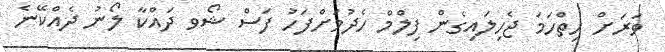
ވަރަށް ހިތްހަމަ ޖެހިލައިގެން ފިލްމް ހެދުމަށްފަހު ފަސް ޝޯވ ދައްކާ ލޯނު ދެއްކޭނެ